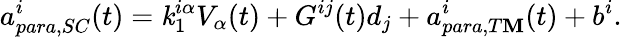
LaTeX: a_{para,SC}^{i}(t)=\mathit{k}_{1}^{i\alpha}V_{\alpha}(t)+G^{ij}(t)d_{j}+a_{para,T\mathbf{M}}^{i}(t)+b^{i}.